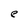
Character: e